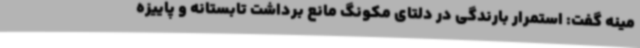
مینه گفت: استمرار بارندگی در دلتای مکونگ مانع برداشت تابستانه و پاییزه